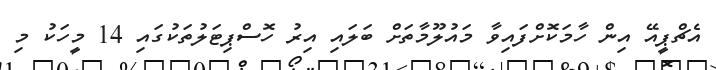
އެޗްޕީއޭ އިން ހާމަކޮށްފައިވާ މައުލޫމާތަށް ބަލައި އިރު ހޮސްޕިޓަލުތަކުގައި 14 މީހަކު މި